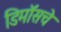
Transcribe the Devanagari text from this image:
डिमॉसचे